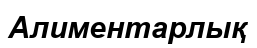
Алиментарлық